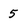
Character: 5